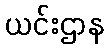
ယင်းဌာန